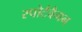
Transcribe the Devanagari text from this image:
स्पोर्टवैगन